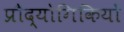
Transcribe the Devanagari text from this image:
प्रौद्योगिकियों